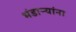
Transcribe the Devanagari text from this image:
भंडाऱ्यांना